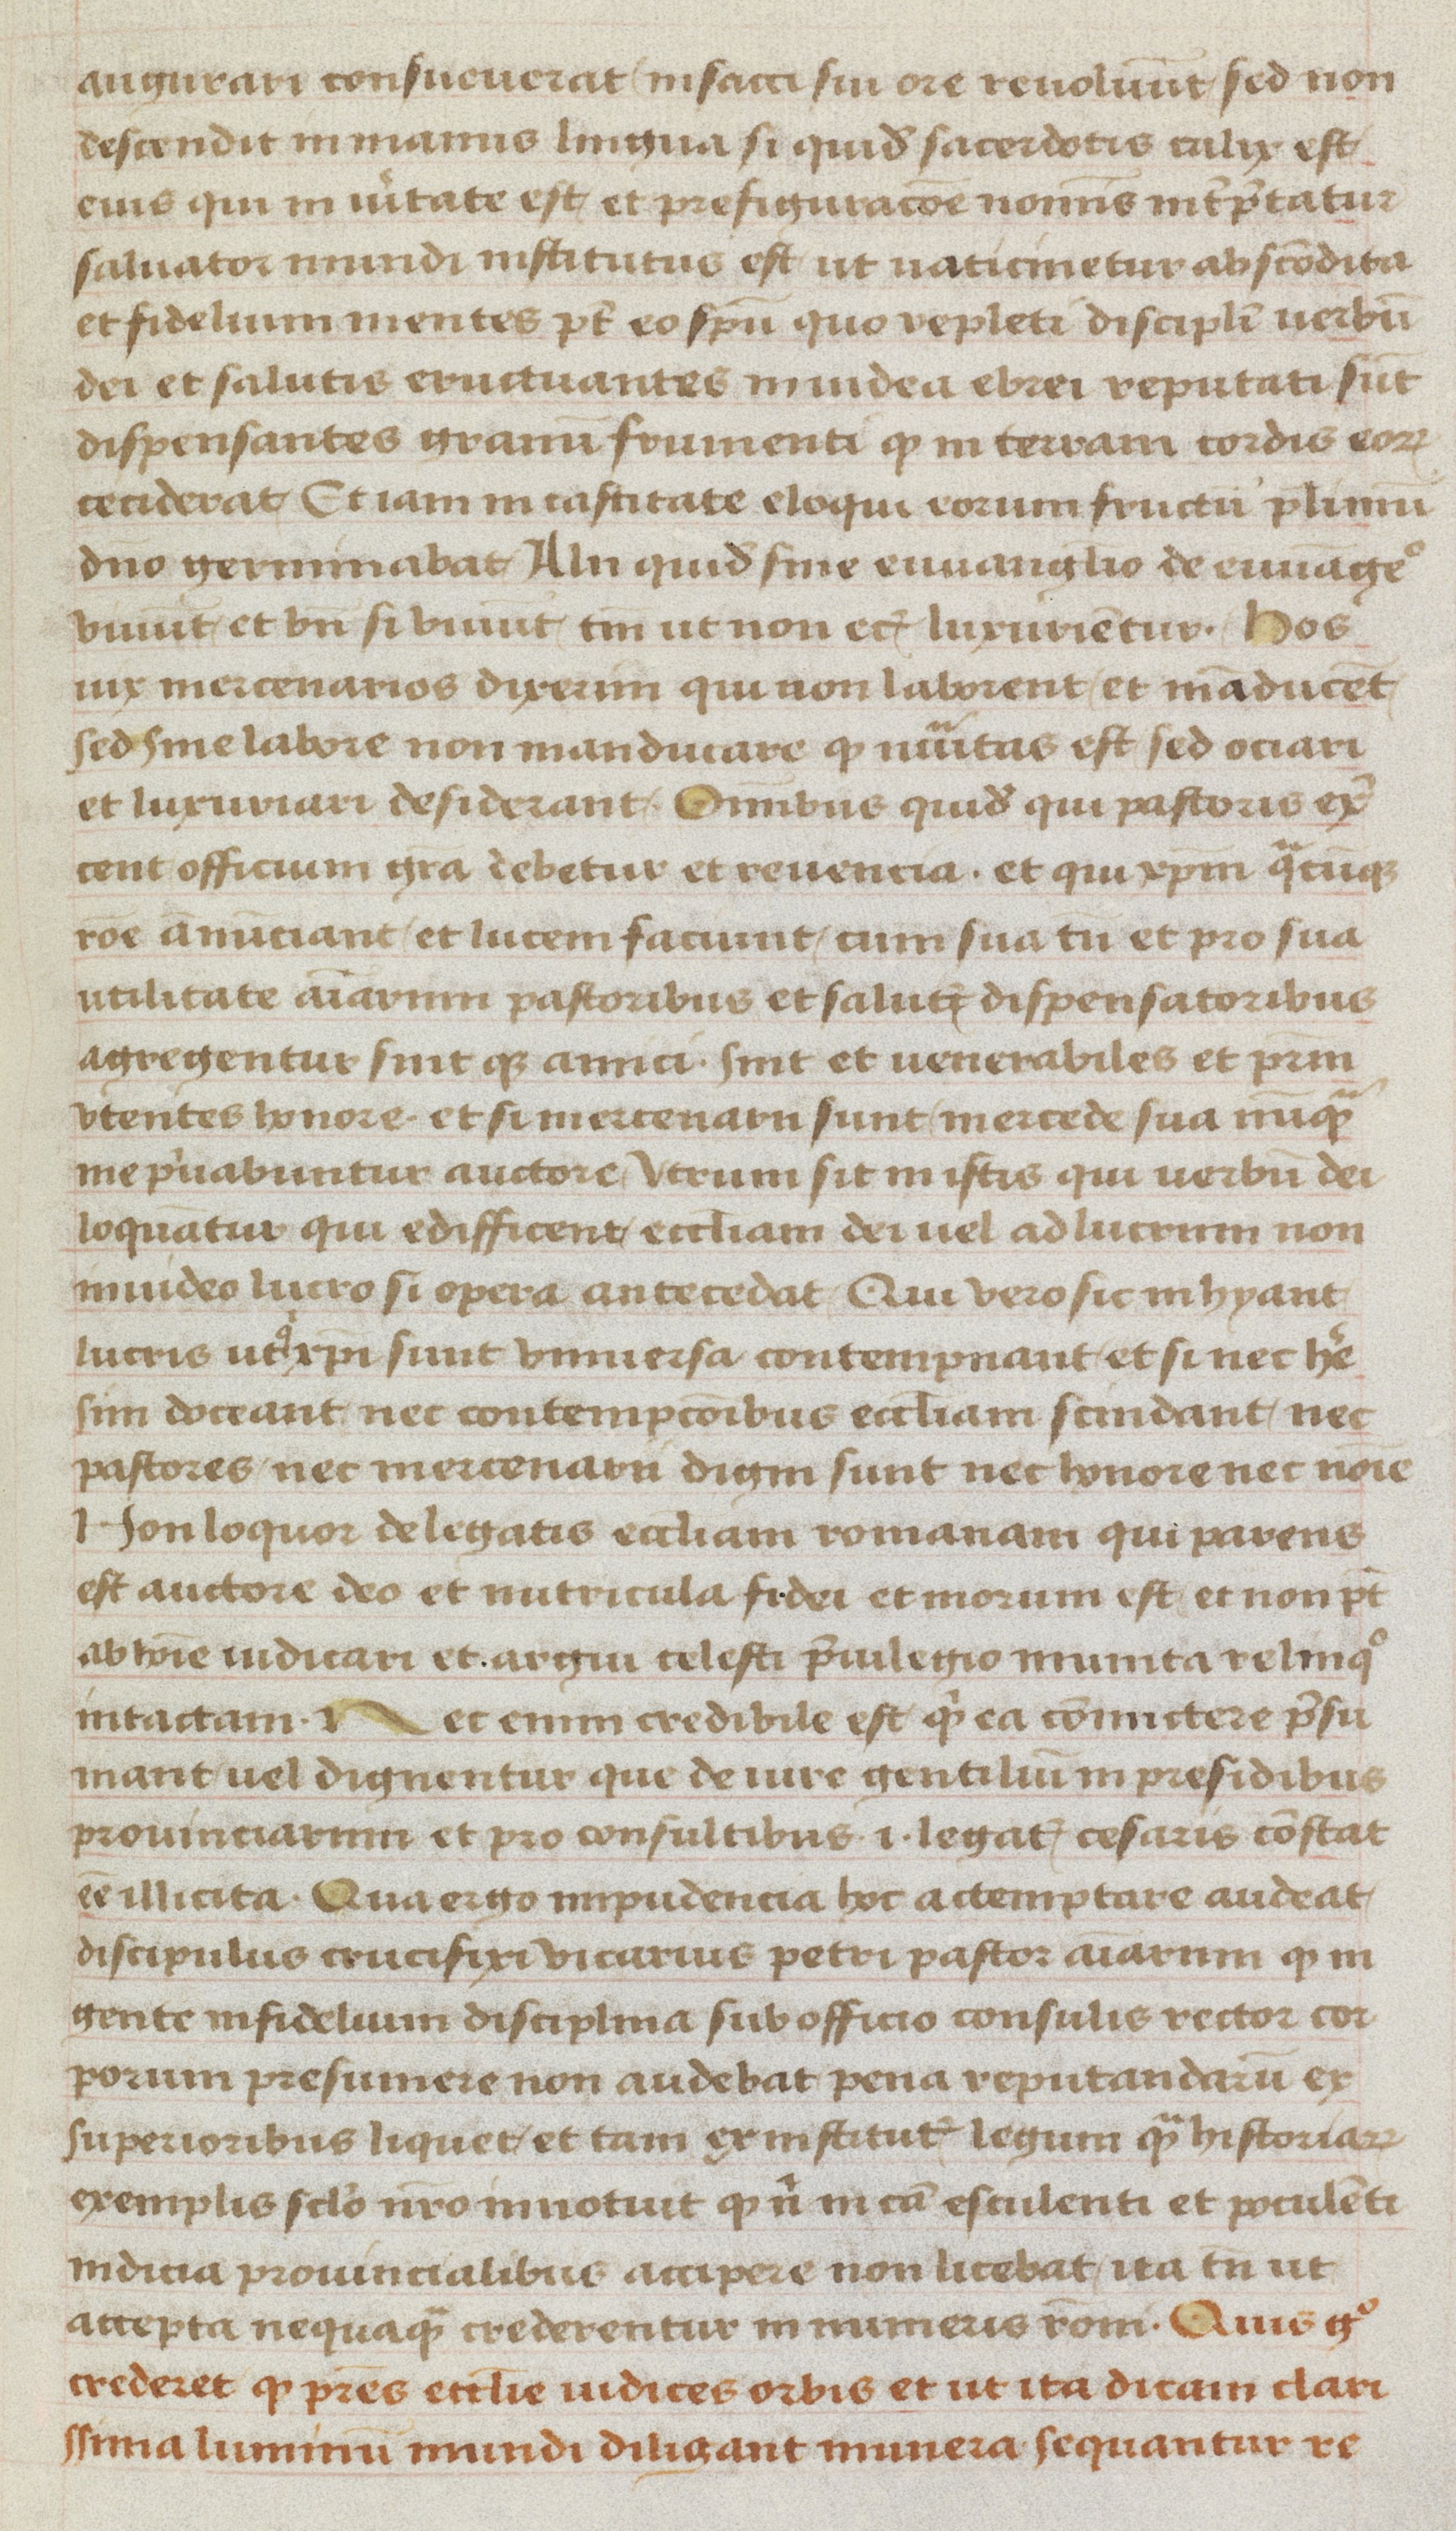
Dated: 1470–1499